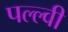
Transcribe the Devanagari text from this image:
पल्ल्वी